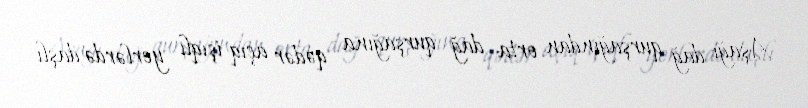
Aşağı dağ qurşağından orta dağ qurşağına qədər açıq işıqlı yerlərdə daşlı